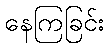
နေကြခြင်း